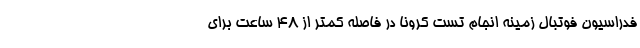
فدراسیون فوتبال زمینه انجام تست کرونا در فاصله کمتر از ۴۸ ساعت برای